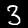
Digit: 3